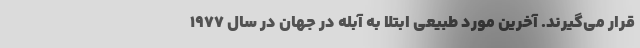
قرار می‌گیرند. آخرین مورد طبیعی ابتلا به آبله در جهان در سال ۱۹۷۷